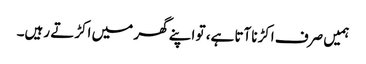
ہمیں صرف اکڑناآتا ہے، تو اپنے گھر میں اکڑتے رہیں۔